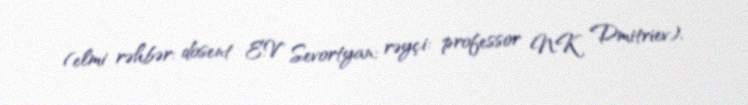
(elmi rəhbər: dosent E.V Sevortyan; rəyçi: professor N.K Dmitriev).